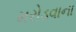
મરોડવાના